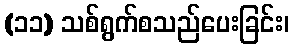
(၁၁) သစ်ရွက်စသည်ပေးခြင်း၊